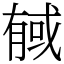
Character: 戫